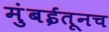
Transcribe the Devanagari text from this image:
मुंबईतूनच